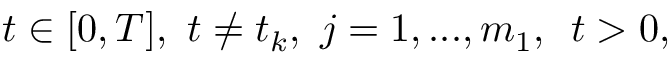
t \in [ 0 , T ] , \ t \neq t _ { k } , \ j = 1 , . . . , m _ { 1 } , \, \ t > 0 ,